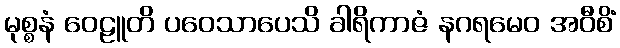
မုစ္စနံ ဝေဠူတိ ပဝေသာပေသိ ခါရိကာဇံ နဂရမေဝ အဝီစိံ